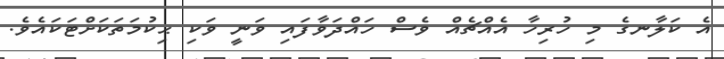
އެ ކަލާނގެ މި ހުރިހާ އެއްޗެއް ވެސް ހައްދަވާފައި ވަނީ ވަކި ޙިކުމަތަކަށްޓަކައެވެ.